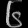
Digit: ၆